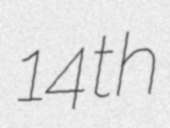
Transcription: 14th